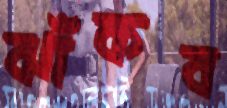
ঝাঁকব